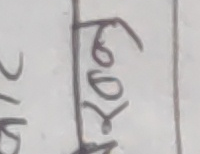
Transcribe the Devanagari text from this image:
फुटबल